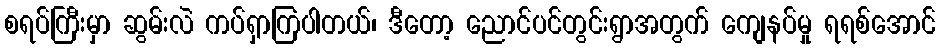
စရပ်ကြီးမှာ ဆွမ်းလဲ ကပ်ရှာကြပါတယ်၊ ဒီတော့ ညောင်ပင်တွင်းရွာအတွက် ကျေနပ်မှု ရရစ်အောင်